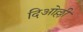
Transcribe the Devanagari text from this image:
दिओल्ली